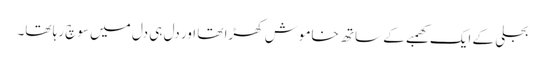
بجلی کے ایک کھمبے کے ساتھ خاموش کھڑا تھا اور دل ہی دل میں سوچ رہا تھا۔